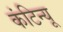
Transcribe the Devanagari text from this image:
कंटिन्यू